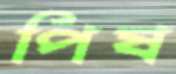
পিষ